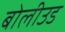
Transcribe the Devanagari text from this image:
बोलीउड